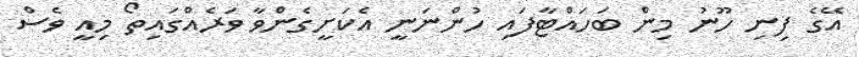
އޭގެ ފިނި ހޫނު މިން ބަހަައްޓާފައި ހުންނަނީ އެކަަށީގެންވާ ވަރެއްގައިތޯ މިއީ ވެސް